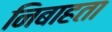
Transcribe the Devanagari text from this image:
निबाहता